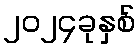
၂၀၂၄ခုနှစ်